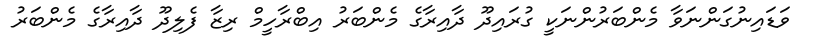
ވަޑައިނުގަންނަވާ މެންބަރުންނަކީ ގުރައިދޫ ދާއިރާގެ މެންބަރު އިބްރާހީމް ރިޒާ ފެލިދޫ ދާއިރާގެ މެންބަރު